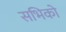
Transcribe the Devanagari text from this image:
सभिको